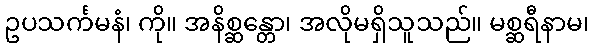
ဥပသင်္ကမနံ၊ ကို။ အနိစ္ဆန္တော၊ အလိုမရှိသူသည်။ မစ္ဆရီနာမ၊